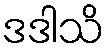
ဒဒါသိ